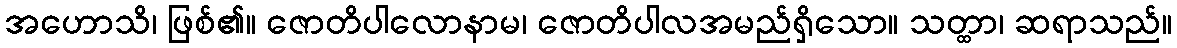
အဟောသိ၊ ဖြစ်၏။ ဇောတိပါလောနာမ၊ ဇောတိပါလအမည်ရှိသော။ သတ္ထာ၊ ဆရာသည်။